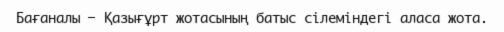
Бағаналы – Қазығұрт жотасының батыс сілеміндегі аласа жота.